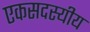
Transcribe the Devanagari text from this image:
एकसदस्यीय